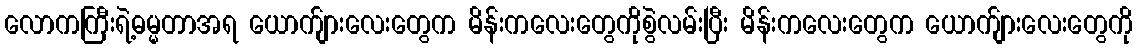
လောကကြီးရဲ့ဓမ္မတာအရ ယောက်ျားလေးတွေက မိန်းကလေးတွေကိုစွဲလမ်းပြီး မိန်းကလေးတွေက ယောက်ျားလေးတွေကို